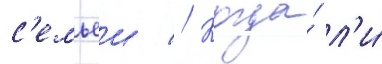
с'емьеи // Когда́ л'и́